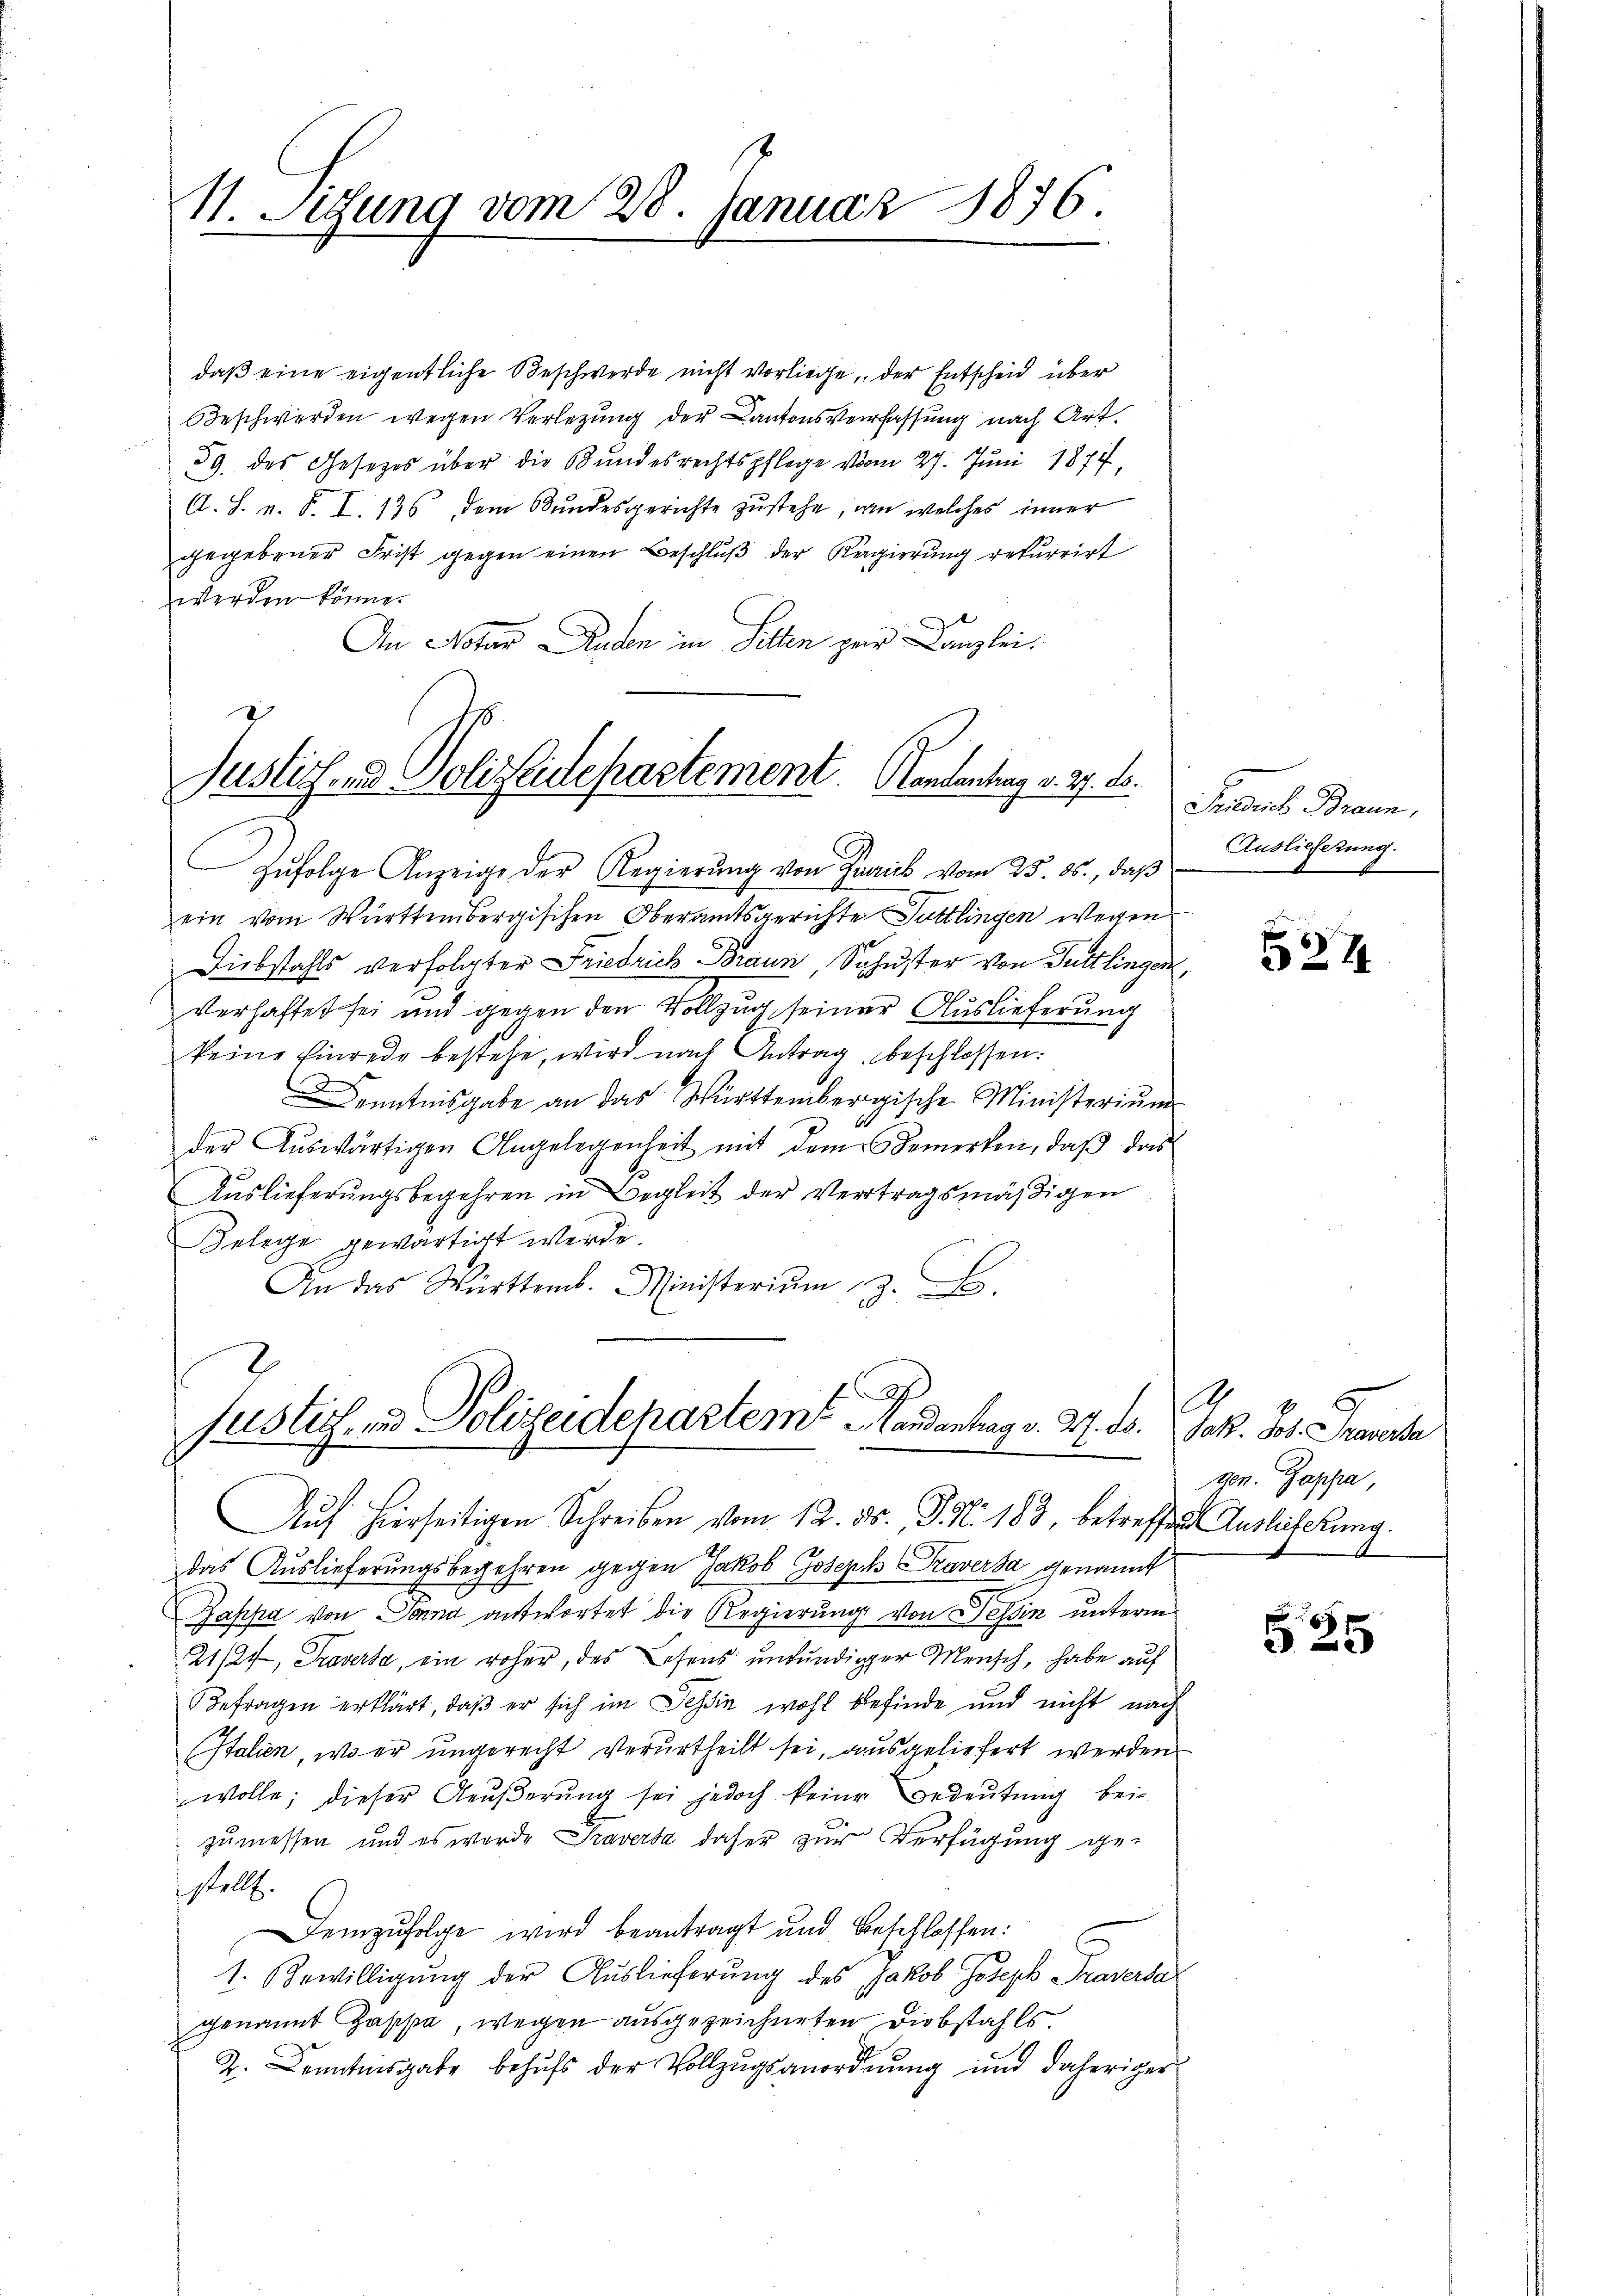
1. Setzung vom 28. Januar 1876.

daß eine eigentliche Beschwerde nicht vorliege, der Entscheid über
Beschwerden wegen Verlegung der Cantonsverfassung nach Art.
59. des Gesetzes über die Bundesrechtspflege vom 27. Juni 1877,
A. S. v. P. I. 136, dem Bundesgerichte zustehe, am welches inner
gegebener Frist gegen einen Beschluß der Regierung rekurrirt
werden könne.
An Notar Anden in Sitten zur Kanzlei.

2
Justichend Polizeidepartement. Handentrag v. 27. d.

o
füstig, und Polizeidepartem Landantrag v. M. ds. Jak. Joh. Traversa
Auf hierseitigen Schreiben vom 12. ds. P. Nr. 183, betreffend Auslichung.

Zŭfolge Anzeige der Regierŭng von Quaick vom 23. ds., daß
ein vom Württembergischen Oberamtsgerichter Tuttlingen wegen
Diebstahls verfolgter Friedrich Braun, Schuster von Tuttlingen,
verhaftet sei und gegen den Vollzug seiner Auslieferung
keine Einrede bestehe, wird nach Antrag, beschlossen:
Kenntnisgabe an das Württembergische Ministerium
3
der Aŭswärtigen Angelegenheit mit dem Bemerken, daβ das
Auslieferungsbegehren in Begleit der Vertragsmäßigen
Belege gewärtigt werde.
An das Württemb. Ministerium z. B.

das Auslieferungsbegehren gegen Jakob Joseph Kaversa genannt
Zappa von Sonna antwortet die Regierung von Tessin unterm
21/27, Traversa, ein roher, des Lesens unkundiger Mensch, habe auf
Befragen erklärt, daß er sich im Tessin wohl befinde und nicht nach
(Italien, wo er ungerecht verurtheilt sei, ausgeliefert werden
wolle; dieser Aeŭβerŭng sei jedoch keiner Bedeŭtŭng bei-
zumessen und es wurde Traversa daher zur Verfügung ge-
stellt.
Demzufolge wird beantragt und beschlossen:
1. Bewilligung der Auslieferung des Jakob Joseph Traversa
genannt Zappa, wegen ausgezeichneten Diebstahls,
2. Kenntnisgabe behufs der Vollzugsanordnung und daheriger

Prioris Braun,
Auslieferung.

524

0
gen. Pappa,

2